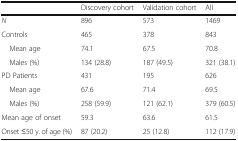
|  | Discovery cohort | Validation cohort | All |
 | --- | --- | --- | --- |
 | N | 896 | 573 | 1469 |
 | Controls | 465 | 378 | 843 |
 | Mean age | 74.1 | 67.5 | 70.8 |
 | Males (%) | 134 (28.8) | 187 (49.5) | 321 (38.1) |
 | PD Patients | 431 | 195 | 626 |
 | Mean age | 67.6 | 71.4 | 69.5 |
 | Males (%) | 258 (59.9) | 121 (62.1) | 379 (60.5) |
 | Mean age of onset | 59.3 | 63.6 | 61.5 |
 | Onset ≤50 y. of age (%) | 87 (20.2) | 25 (12.8) | 112 (17.9) |